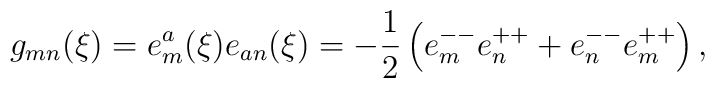
g_{mn}(\xi)=e^a_m(\xi)e_{an}(\xi)=-{1\over 2}\left(e^{--}_me^{++}_{n}+e^{--}_ne^{++}_{m}\right),